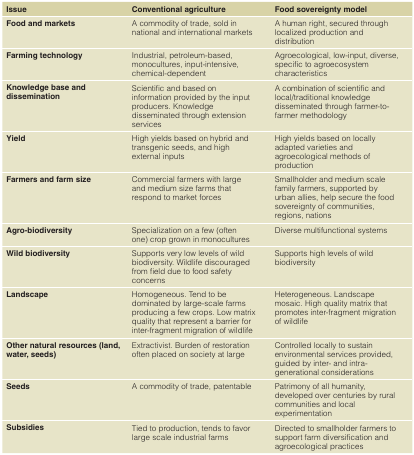
| Issue | Conventional agriculture | Food sovereignty model |
 | --- | --- | --- |
 | Food and markets | A commodity of trade, sold innational and international markets | A human right, secured throughlocalized production anddistribution |
 | Farming technology | Industrial, petroleum-based,monocultures, input-intensive,chemical-dependent | Agroecological, low-input, diverse,specific to agroecosystemcharacteristics |
 | Knowledge base anddissemination | Scientific and based oninformation provided by the inputproducers. Knowledgedisseminated through extensionservices | A combination of scientific andlocal/traditional knowledgedisseminated through farmer-to-farmer methodology |
 | Yield | High yields based on hybrid andtransgenic seeds, and highexternal inputs | High yields based on locallyadapted varieties andagroecological methods ofproduction |
 | Farmers and farm size | Commercial farmers with largeand medium size farms thatrespond to market forces | Smallholder and medium scalefamily farmers, supported byurban allies, help secure the foodsovereignty of communities,regions, nations |
 | Agro-biodiversity | Specialization on a few (oftenone) crop grown in monocultures | Diverse multifunctional systems |
 | Wild biodiversity | Supports very low levels of wildbiodiversity. Wildlife discouragedfrom field due to food safetyconcerns | Supports high levels of wildbiodiversity |
 | Landscape | Homogeneous. Tend to bedominated by large-scale farmsproducing a few crops. Low matrixquality that represent a barrier forinter-fragment migration of wildlife | Heterogeneous. Landscapemosaic. High quality matrix thatpromotes inter-fragment migrationof wildlife |
 | Other natural resources (land,water, seeds) | Extractivist. Burden of restorationoften placed on society at large | Controlled locally to sustainenvironmental services provided,guided by inter- and intra-generational considerations |
 | Seeds | A commodity of trade, patentable | Patrimony of all humanity,developed over centuries by ruralcommunities and localexperimentation |
 | Subsidies | Tied to production, tends to favorlarge scale industrial farms | Directed to smallholder farmers tosupport farm diversification andagroecological practices |